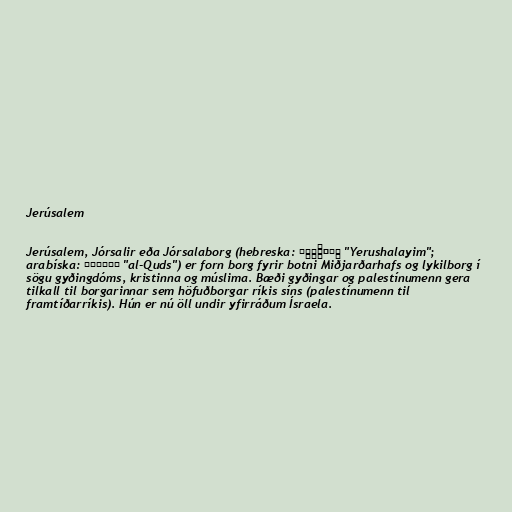
Jerúsalem

Jerúsalem, Jórsalir eða Jórsalaborg (hebreska: יְרוּשָׁלַיִם "Yerushalayim";
arabíska: القُدس "al-Quds") er forn borg fyrir botni Miðjarðarhafs og lykilborg í
sögu gyðingdóms, kristinna og múslima. Bæði gyðingar og palestínumenn gera
tilkall til borgarinnar sem höfuðborgar ríkis síns (palestínumenn til
framtíðarríkis). Hún er nú öll undir yfirráðum Ísraela.